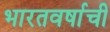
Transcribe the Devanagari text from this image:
भारतवर्षाची